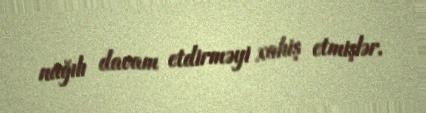
nağılı davam etdirməyi xahiş etmişlər.